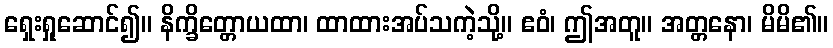
ရှေးရှုဆောင်၍။ နိက္ခိတ္တောယထာ၊ ထာထားအပ်သကဲ့သို့။ ဧဝံ၊ ဤအတူ။ အတ္တနော၊ မိမိ၏။